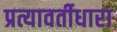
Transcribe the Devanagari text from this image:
प्रत्यावर्तीधारा